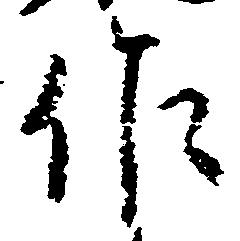
作